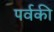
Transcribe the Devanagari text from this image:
पर्वकी